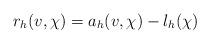
LaTeX: \begin{align*} r_h(v,\chi)=a_h(v,\chi)-l_h(\chi)\end{align*}